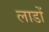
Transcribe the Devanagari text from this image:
लाडों